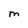
Character: M